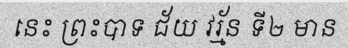
នេះ ព្រះបាទ ជ័យ វរ្ម័ន ទី២ មាន